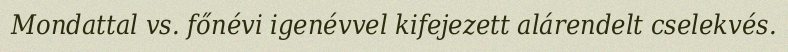
Mondattal vs. főnévi igenévvel kifejezett alárendelt cselekvés.